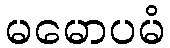
မမောပမံ